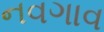
નવગાવ